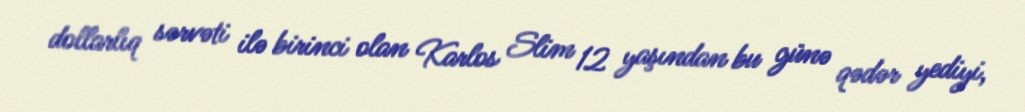
dollarlıq sərvəti ilə birinci olan Karlos Slim 12 yaşından bu günə qədər yediyi,